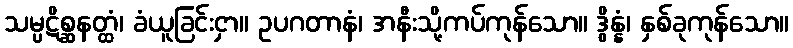
သမ္ပဋိစ္ဆနတ္ထံ၊ ခံယူခြင်းငှာ။ ဥပဂတာနံ၊ အနီးသို့ကပ်ကုန်သော။ ဒွိန္နံ၊ နှစ်ခုကုန်သော။